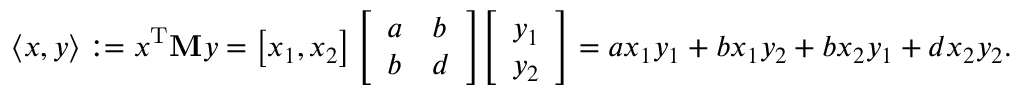
\langle x , y \rangle : = x ^ { \operatorname { T } } \mathbf { M } y = \left[ x _ { 1 } , x _ { 2 } \right] { \left[ \begin{array} { l l } { a } & { b } \\ { b } & { d } \end{array} \right] } { \left[ \begin{array} { l } { y _ { 1 } } \\ { y _ { 2 } } \end{array} \right] } = a x _ { 1 } y _ { 1 } + b x _ { 1 } y _ { 2 } + b x _ { 2 } y _ { 1 } + d x _ { 2 } y _ { 2 } .